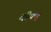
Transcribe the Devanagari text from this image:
दीपम्